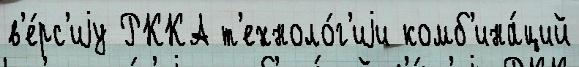
в'е́рс'иjу РККА т'ехноло́г'иjи комб'ина́ций